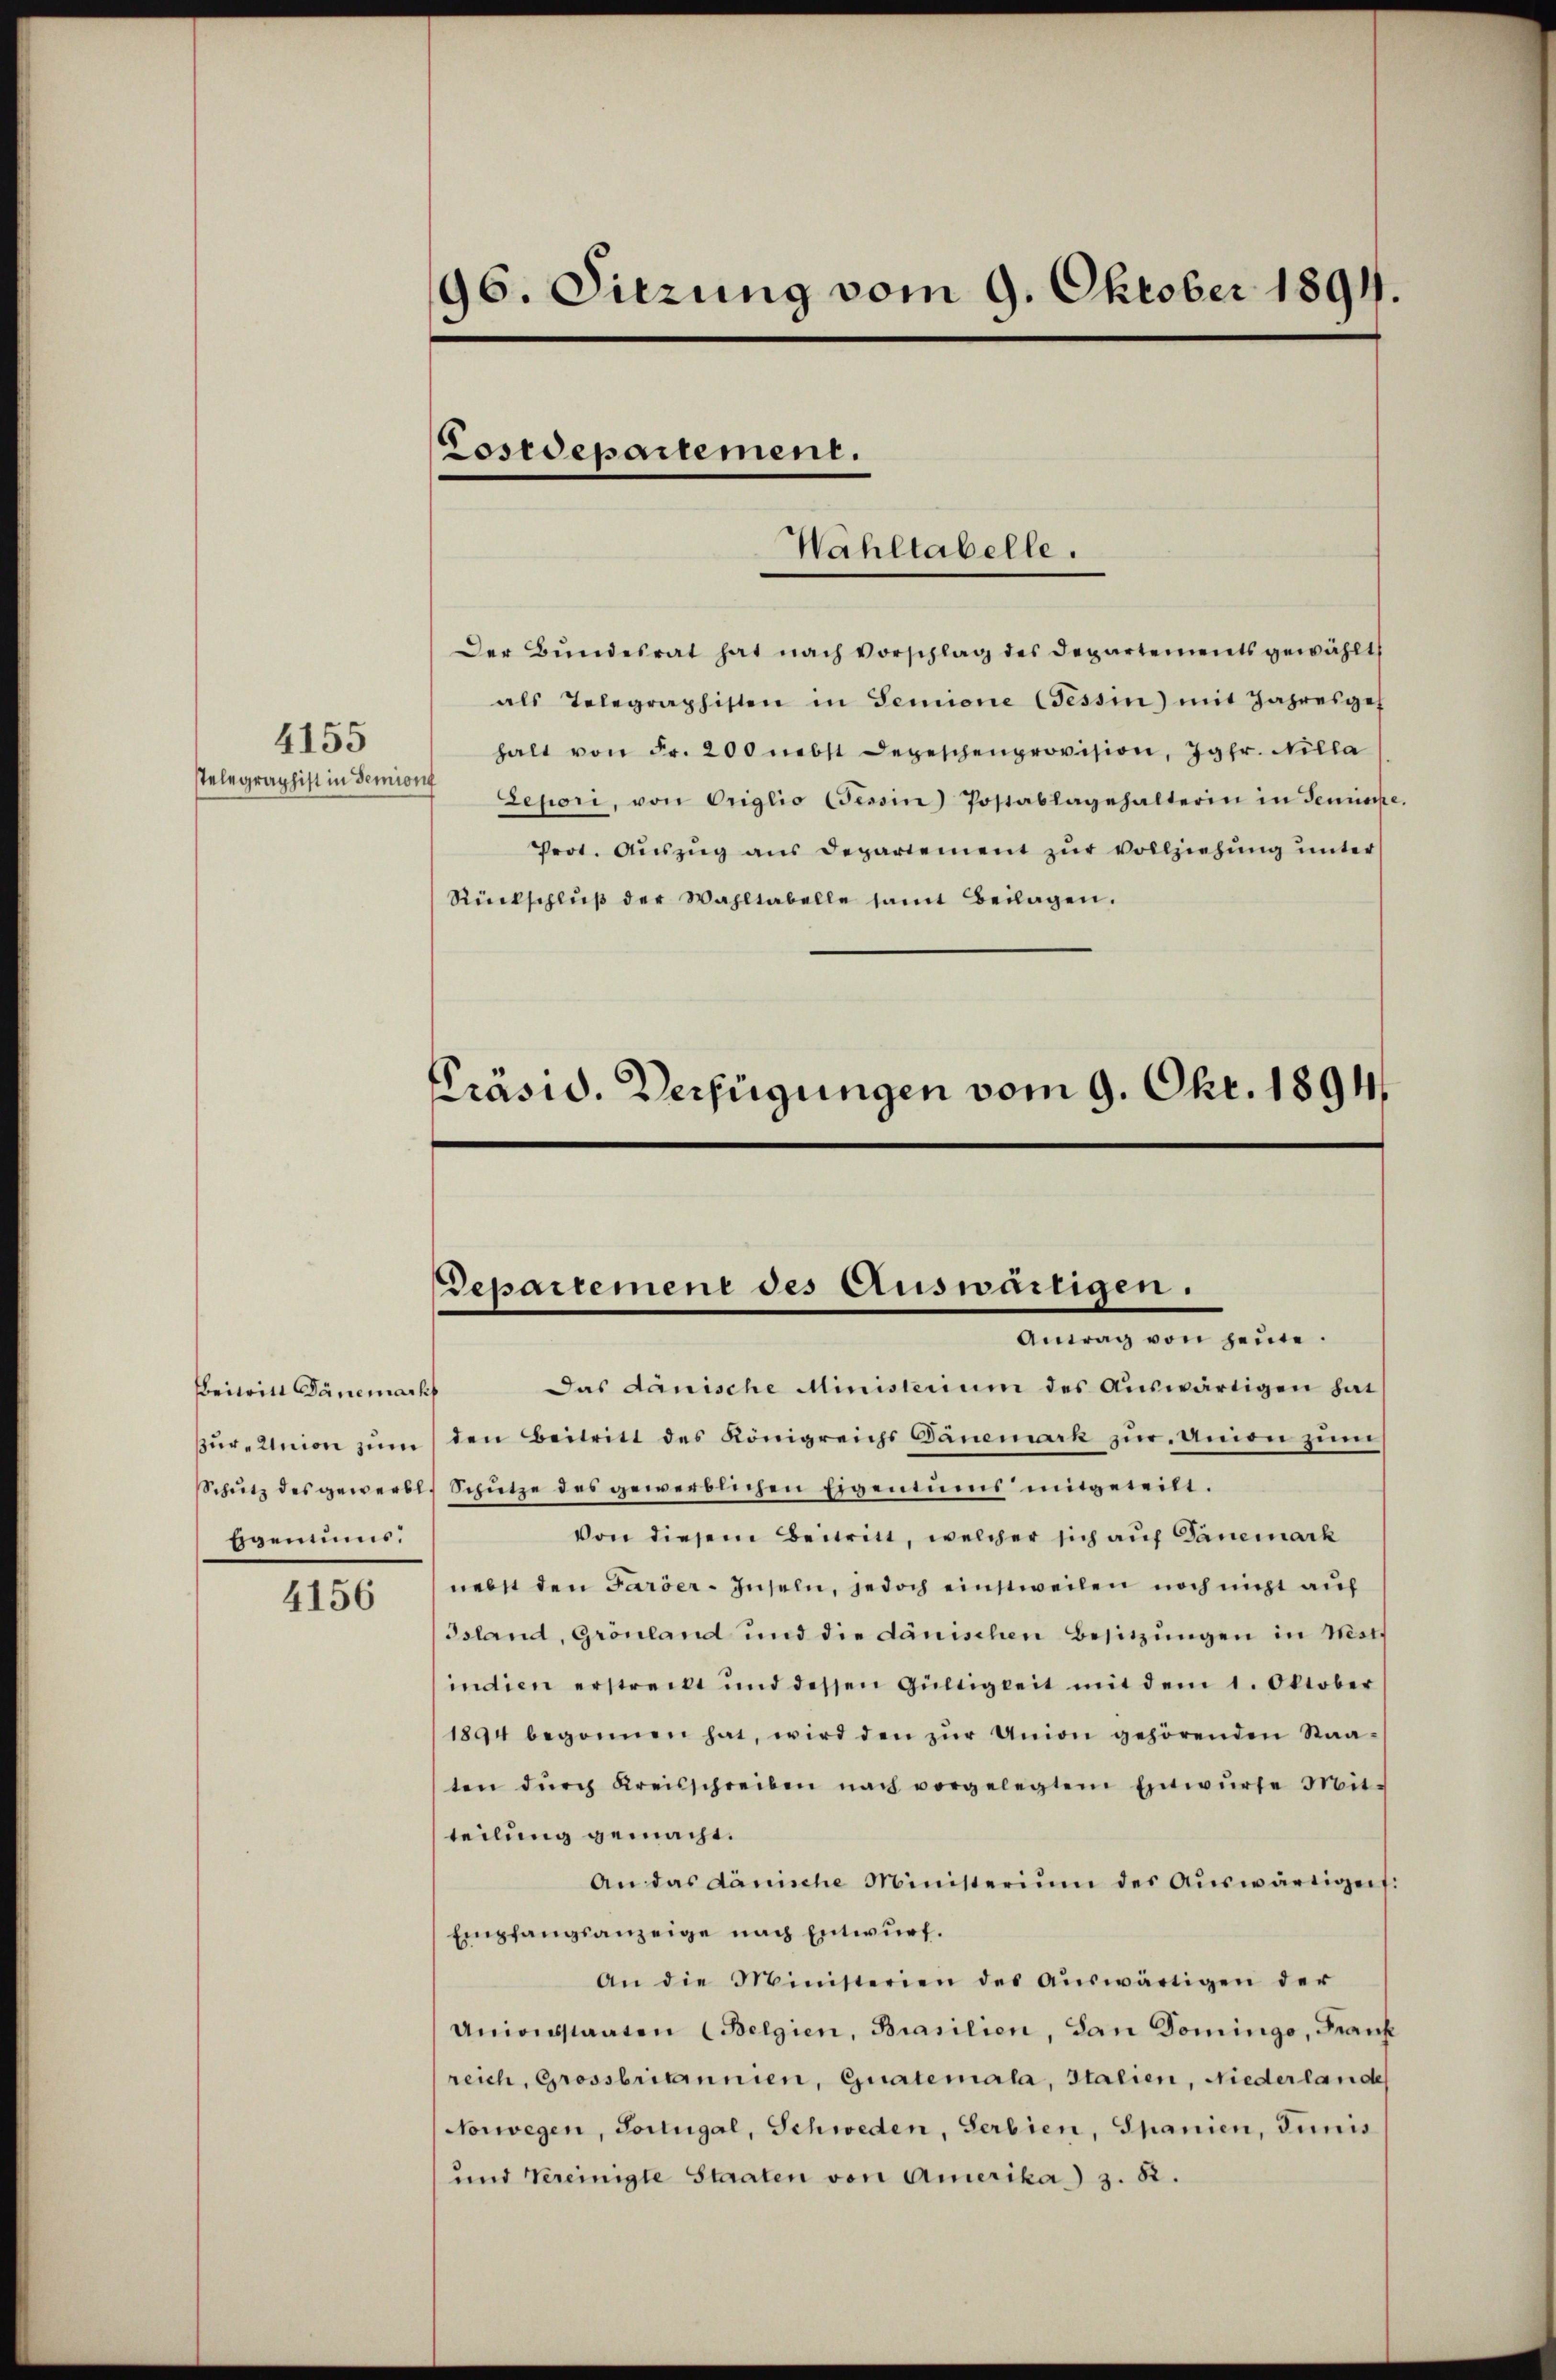
4155

beiwill Dänemacht
bgentums.

4156

96. Sitzung vom 9. Oktober 1894.

Wahltabelle.

Costdepartement.

Der Bundesrat hat nach Vorschlag des Departements gewählt
als Telegraphisten in Semione (Tessin) mit Jahresges
halt von Fr. 200 nebst Depeschenprovision, Jgfr. Nilla
Telegraphist in dem exori, von Origlio Cessin Postablagehalterin in Genüsse.
Prot. Aŭszŭg ans Departement zŭr Vollziehŭng ŭnter
Rückschlŭβ der Wahltabelle samt Beilagen.

Präsid. Verfügungen vom 9. Okt. 1894

Departement des Auswärtigen.
Antag von Heine.

Das Lanische Ministerium des Aŭswärtigen hat
βŭr-Union zŭm den Beitritt des Königreichs Ganemark zŭr Union zum
Schŭtz des gewerbl. Schütze des gewerblichen Eigentums mitgeteilt.
Von diesem Beitritt, welcher sich auf Danemark
nebst den Faröer-Inseln, jedoch einstweilen noch nicht auf
Gsland, Grönland und die dänischen Besitzungen in Nest
indien erstreckt und dessen Gültigkeit mit dem 1. Oktober
1894 begonnen hat, wird den zŭr Union gehörenden Staaten dŭrch Kreisschreiben nach vorgelegtem Einwŭrfe Mit-
teilung gemacht.
An das dänische Ministerium des Aŭswärtigert.
Empfangsanzeige nach Entwurf.
An die Ministerien des aŭswärtigen der
Unionsstaaten (Belgien, Brasilien, dan Domingo, Frank
reich, Grossbritannien, Guatemala, Italien, Niederlande
Vorwegen, Portugal, Schweden, Serbien, Spanien, Junis
und Vereinigte Staaten von Amerika) 3. 82.